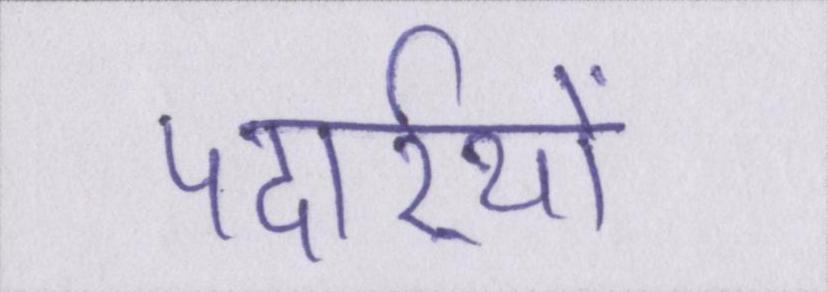
पदार्र्थो